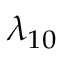
\lambda _ { 1 0 }